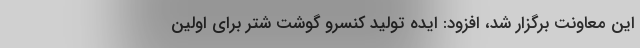
این معاونت برگزار شد، افزود: ایده تولید کنسرو گوشت شتر برای اولین